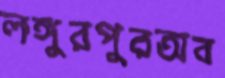
লঙ্গুরপুরঅব